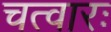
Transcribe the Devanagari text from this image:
चत्वारः